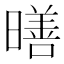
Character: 𪱋